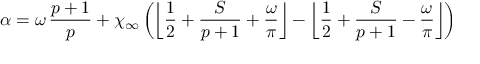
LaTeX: \alpha = \omega \, \displaystyle \frac { p + 1 } { p } + \chi _ { \infty } \left( \left\lfloor \displaystyle \frac { 1 } { 2 } + \displaystyle \frac { S } { p + 1 } + \displaystyle \frac { \omega } { \pi } \right\rfloor - \left\lfloor \displaystyle \frac { 1 } { 2 } + \displaystyle \frac { S } { p + 1 } - \displaystyle \frac { \omega } { \pi } \right\rfloor \right)